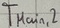
Text: TMain,2